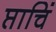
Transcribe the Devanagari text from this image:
प्ताचिं